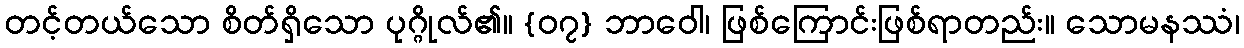
တင့်တယ်သော စိတ်ရှိသော ပုဂ္ဂိုလ်၏။ {၀၇} ဘာဝေါ၊ ဖြစ်ကြောင်းဖြစ်ရာတည်း။ သောမနဿံ၊